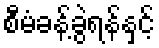
စီမံခန့်ခွဲရန်နှင့်